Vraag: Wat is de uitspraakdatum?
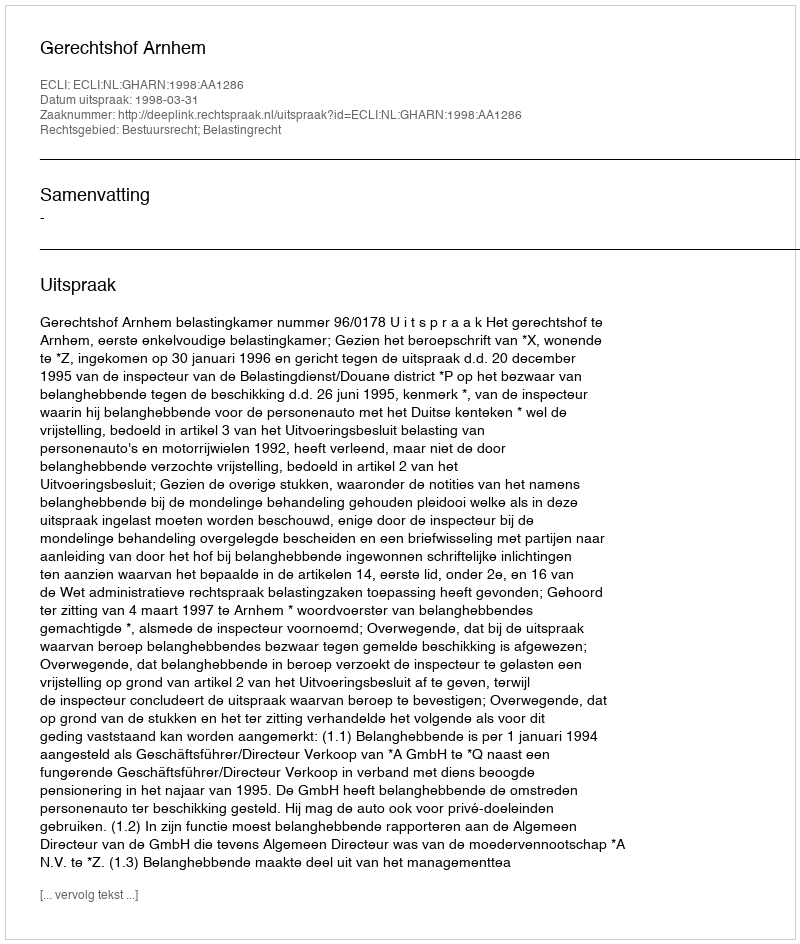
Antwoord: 1998-03-31